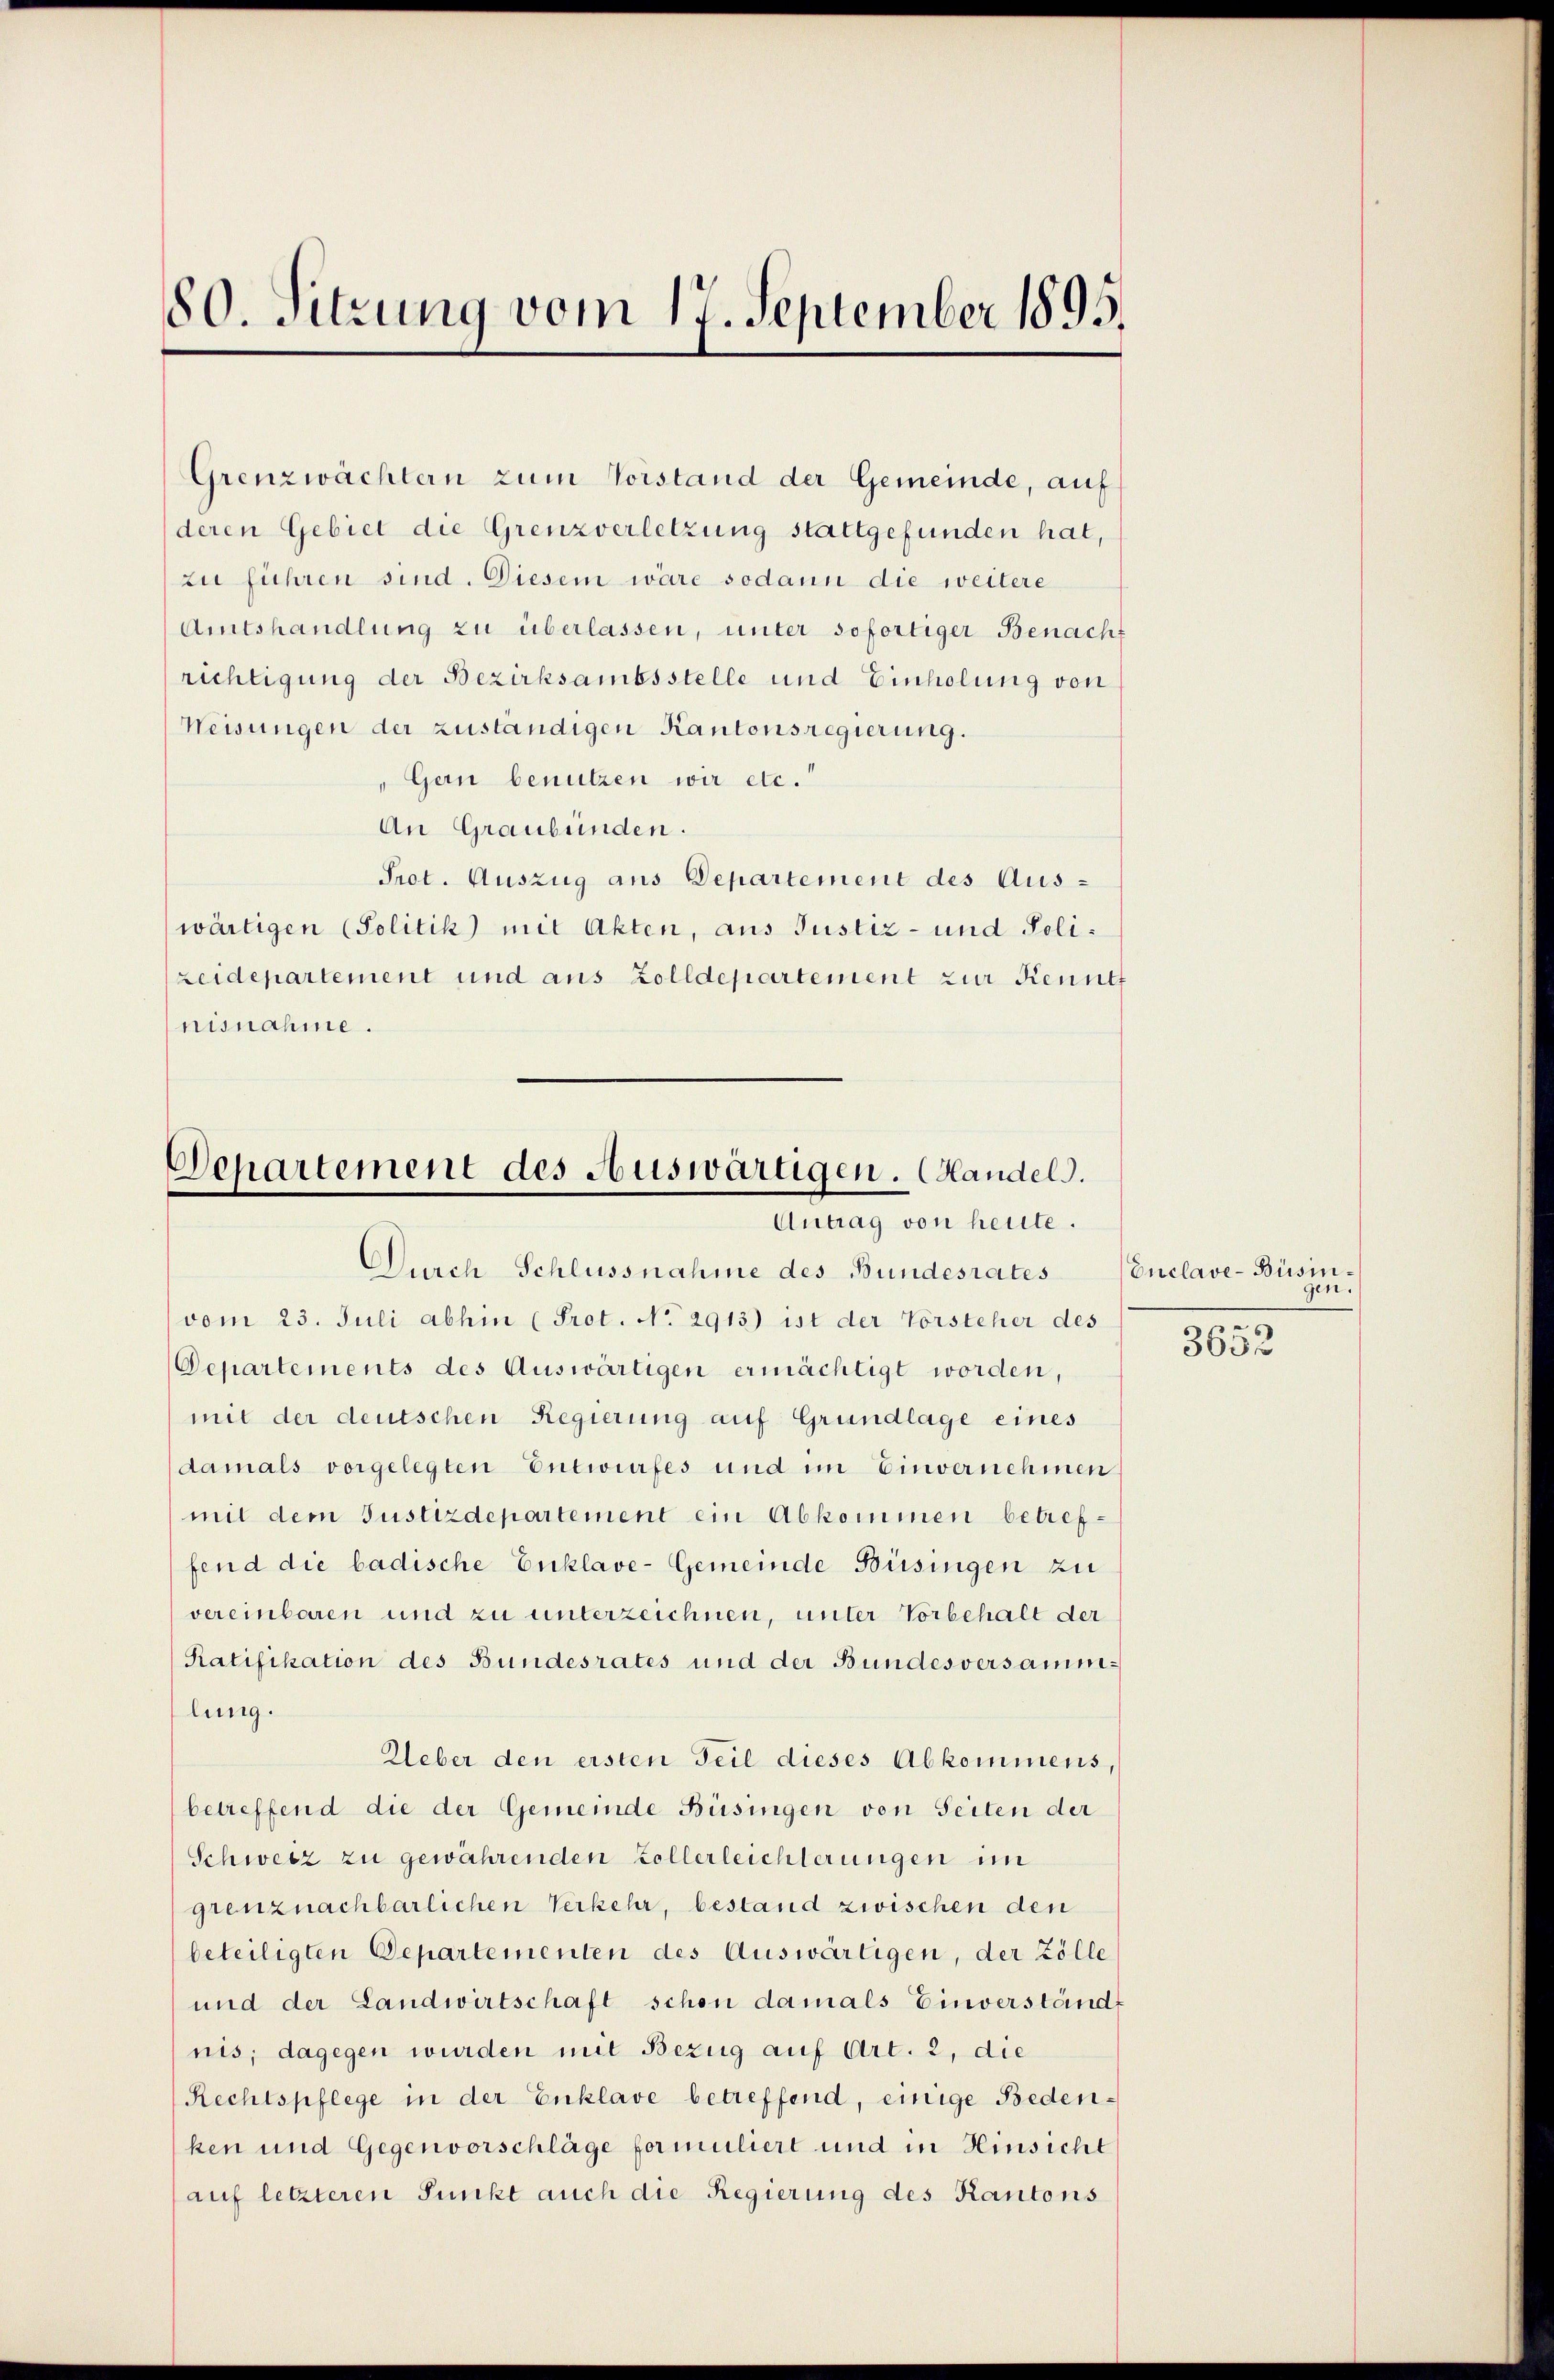
80. Sitzung vom 17. September 1895.

Grenzwächtern zum Vorstand der Gemeinde, auf
deren Gebiet die Grenzverletzung stattgefunden hat,
zu führen sind. Diesem wäre sodann die weitere
Amtshandlung zu überlassen, unter sofortiger Benacht
richtigung der Bezirksambsstelle und Einholung von
Weisungen der zuständigen Kantonsregierung.
Gern benutzen wir etc.“
An Graubünden.
Prot. Auszug aus Departement des Auswärtigen (Politik mit Akten, aus Justiz- und Polizeidepartement und aus Zolldepartement zur Kennt
nisnahme.

Departement des Auswärtigen. Handels.
Antrag von heute.

Durch Schlussnahme des Bundesrates
vom 23. Juli abhin (Prot. No. 2913) ist der Vorsteher des
Departements des Auswärtigen ermächtigt worden,
mit der deutschen Regierung auf Grundlage eines
damals vorgelegten Entwurfes und im Einvernehmen
mit dem Justizdepartement ein Abkommen betreffend die badische Enklave-Gemeinde Büsingen zu
vereinbaren und zu unterzeichnen, unter Vorbehalt der
Ratifikation des Bundesrates und der Bundesversammlung.
Ueber den ersten Teil dieses Abkommens,
betreffend die der Gemeinde Büsingen von Seiten der
Schweiz zu gewährenden Collerleichterungen im
grenznachbarlichen Verkehr, bestand zwischen den
beteiligten Departementen des Auswärtigen, der Zölle
und der Landwirtschaft schon damals Einverständ
nis; dagegen wurden mit Bezug auf Art. 2, die
Rechtspflege in der Enklave betreffend, einige Bedenken und Gegenvorschläge formuliert und in Hinsicht
auf letzteren Punkt auch die Regierung des Kantons

Enclave-Büsinn.
s

3636